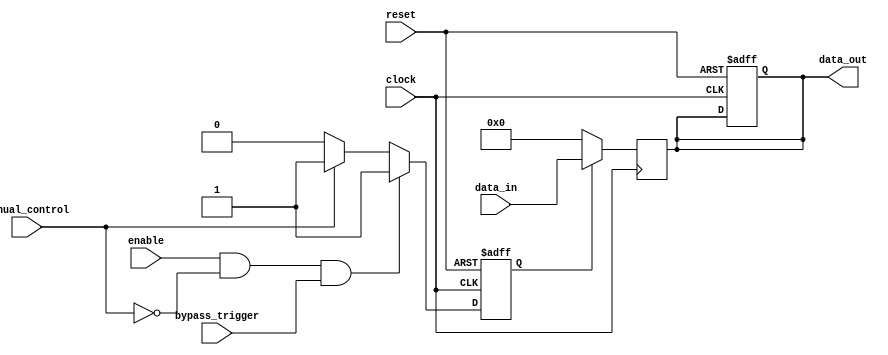
module fallback_bypass(
    input clock,
    input reset,
    input enable,
    input bypass_trigger,
    input manual_control,
    input [31:0] data_in,
    output reg [31:0] data_out
);

reg fallback_enabled;

always @ (posedge clock or posedge reset) begin
    if (reset) begin
        fallback_enabled <= 0;
        data_out <= 0;
    end else begin
        if (enable && !manual_control && bypass_trigger) begin
            fallback_enabled <= 1;
        end else if (manual_control) begin
            fallback_enabled <= 1;
        end else begin
            fallback_enabled <= 0;
        end
    end
end

always @ (posedge clock) begin
    if (fallback_enabled) begin
        data_out <= data_in;
    end else begin
        data_out <= 0;
    end
end

endmodule